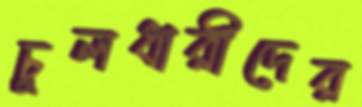
চুলধারীদের